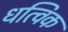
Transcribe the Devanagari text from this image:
धत्विक